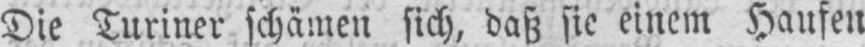
Die Turiner schämen sich, daß sie einem Haufen